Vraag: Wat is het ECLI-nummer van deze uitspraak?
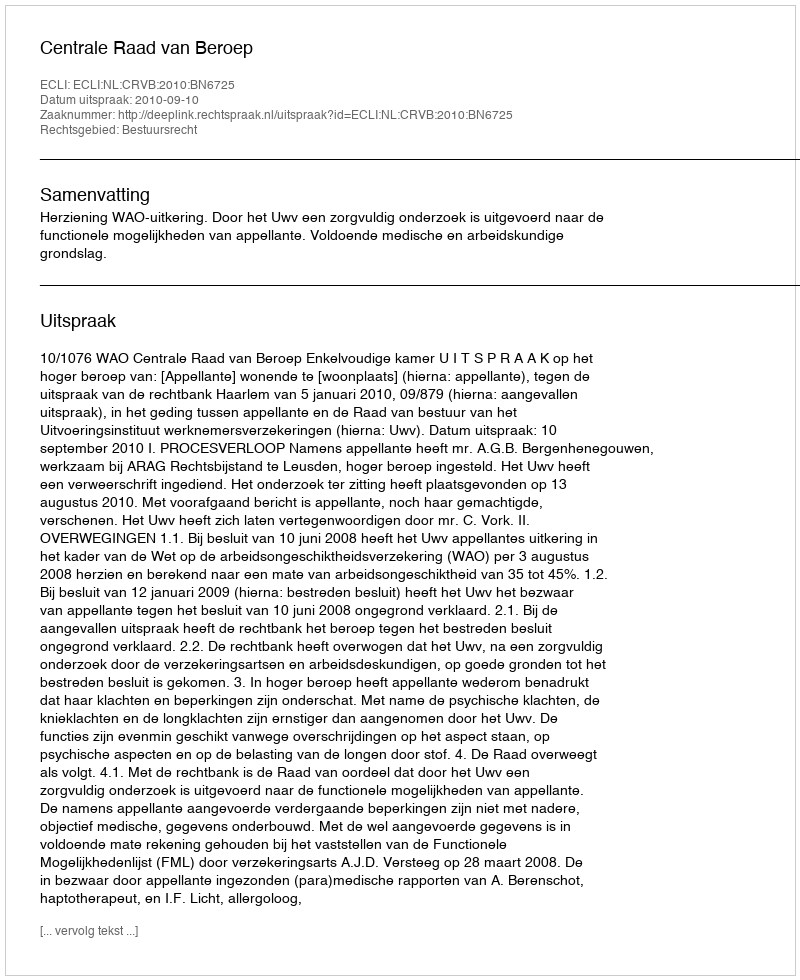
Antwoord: ECLI:NL:CRVB:2010:BN6725